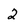
Character: 2